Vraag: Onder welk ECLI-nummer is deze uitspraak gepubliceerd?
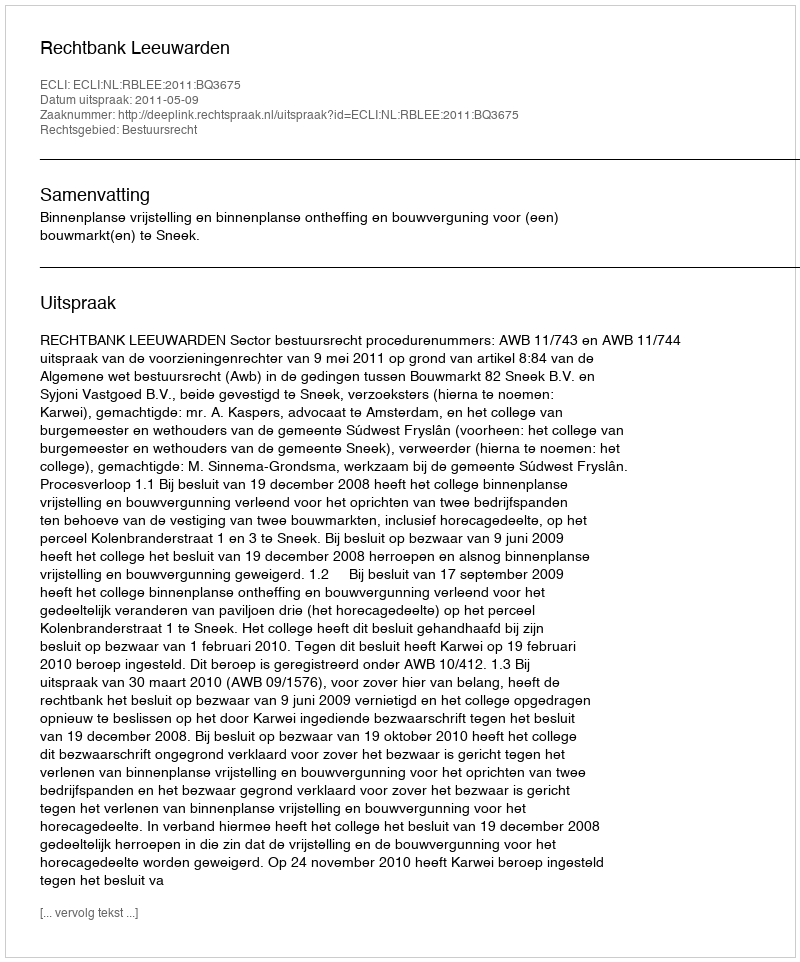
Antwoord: ECLI:NL:RBLEE:2011:BQ3675